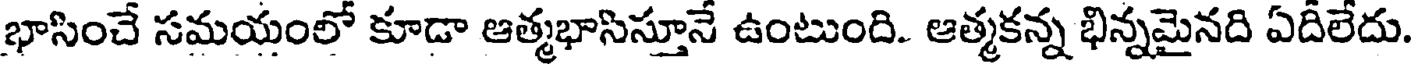
భాసించే సమయంలో కూడా ఆత్మభాసిస్తూనే ఉంటుంది. ఆత్మకన్న భిన్నమైనది ఏదీలేదు.